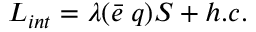
{ \cal L } _ { i n t } = \lambda ( \bar { e } \; q ) S + h . c .